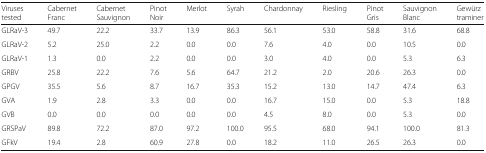
<table><thead><tr><td><b>Viruses tested</b></td><td><b>Cabernet Franc</b></td><td><b>Cabernet Sauvignon</b></td><td><b>Pinot Noir</b></td><td><b>Merlot</b></td><td><b>Syrah</b></td><td><b>Chardonnay</b></td><td><b>Riesling</b></td><td><b>Pinot Gris</b></td><td><b>Sauvignon Blanc</b></td><td><b>Gewürz traminer</b></td></tr></thead><tbody><tr><td>GLRaV-3</td><td>49.7</td><td>22.2</td><td>33.7</td><td>13.9</td><td>86.3</td><td>56.1</td><td>53.0</td><td>58.8</td><td>31.6</td><td>68.8</td></tr><tr><td>GLRaV-2</td><td>5.2</td><td>25.0</td><td>2.2</td><td>0.0</td><td>0.0</td><td>7.6</td><td>4.0</td><td>0.0</td><td>10.5</td><td>0.0</td></tr><tr><td>GLRaV-1</td><td>1.3</td><td>0.0</td><td>2.2</td><td>0.0</td><td>0.0</td><td>3.0</td><td>4.0</td><td>0.0</td><td>5.3</td><td>6.3</td></tr><tr><td>GRBV</td><td>25.8</td><td>22.2</td><td>7.6</td><td>5.6</td><td>64.7</td><td>21.2</td><td>2.0</td><td>20.6</td><td>26.3</td><td>0.0</td></tr><tr><td>GPGV</td><td>35.5</td><td>5.6</td><td>8.7</td><td>16.7</td><td>35.3</td><td>15.2</td><td>13.0</td><td>14.7</td><td>47.4</td><td>6.3</td></tr><tr><td>GVA</td><td>1.9</td><td>2.8</td><td>3.3</td><td>0.0</td><td>0.0</td><td>16.7</td><td>15.0</td><td>0.0</td><td>5.3</td><td>18.8</td></tr><tr><td>GVB</td><td>0.0</td><td>0.0</td><td>0.0</td><td>0.0</td><td>0.0</td><td>4.5</td><td>8.0</td><td>0.0</td><td>5.3</td><td>0.0</td></tr><tr><td>GRSPaV</td><td>89.8</td><td>72.2</td><td>87.0</td><td>97.2</td><td>100.0</td><td>95.5</td><td>68.0</td><td>94.1</td><td>100.0</td><td>81.3</td></tr><tr><td>GFkV</td><td>19.4</td><td>2.8</td><td>60.9</td><td>27.8</td><td>0.0</td><td>18.2</td><td>11.0</td><td>26.5</td><td>26.3</td><td>0.0</td></tr></tbody></table>